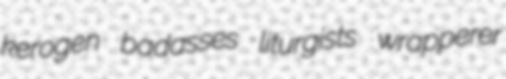
kerogen badasses liturgists wrapperer